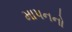
માપનનો